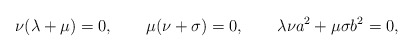
\begin{align*} \nu(\lambda+\mu)=0, \qquad \mu(\nu+\sigma)=0, \qquad \lambda\nu a^2+\mu\sigma b^2=0,\end{align*}